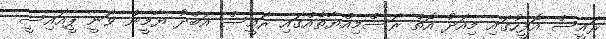
ރައީސް އޮފީހުގައި މިއަދު އޮތް ރަސްމިއްޔާތެއްގައި ރައީސް އަބްދު ޔާމީން ވަނީ ޕީއައިސީ